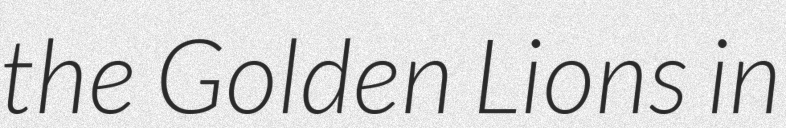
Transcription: the Golden Lions in